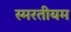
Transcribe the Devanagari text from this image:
स्मरतीयम